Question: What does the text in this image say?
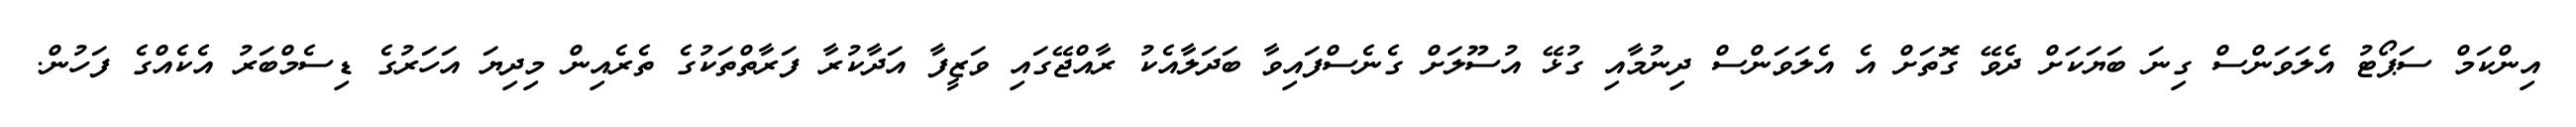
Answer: އިންކަމް ސަޕޯޓު އެލަވަންސް ގިނަ ބަޔަކަށް ދެވޭ ގޮތަށް އެ އެލަވަންސް ދިނުމާއި ގުޅޭ އުސޫލަށް ގެނެސްފައިވާ ބަދަލާއެކު ރާއްޖޭގައި ވަޒީފާ އަދާކުރާ ފަރާތްތަކުގެ ތެރެއިން މިދިޔަ އަހަރުގެ ޑިސެމްބަރު އެކެއްގެ ފަހުން.